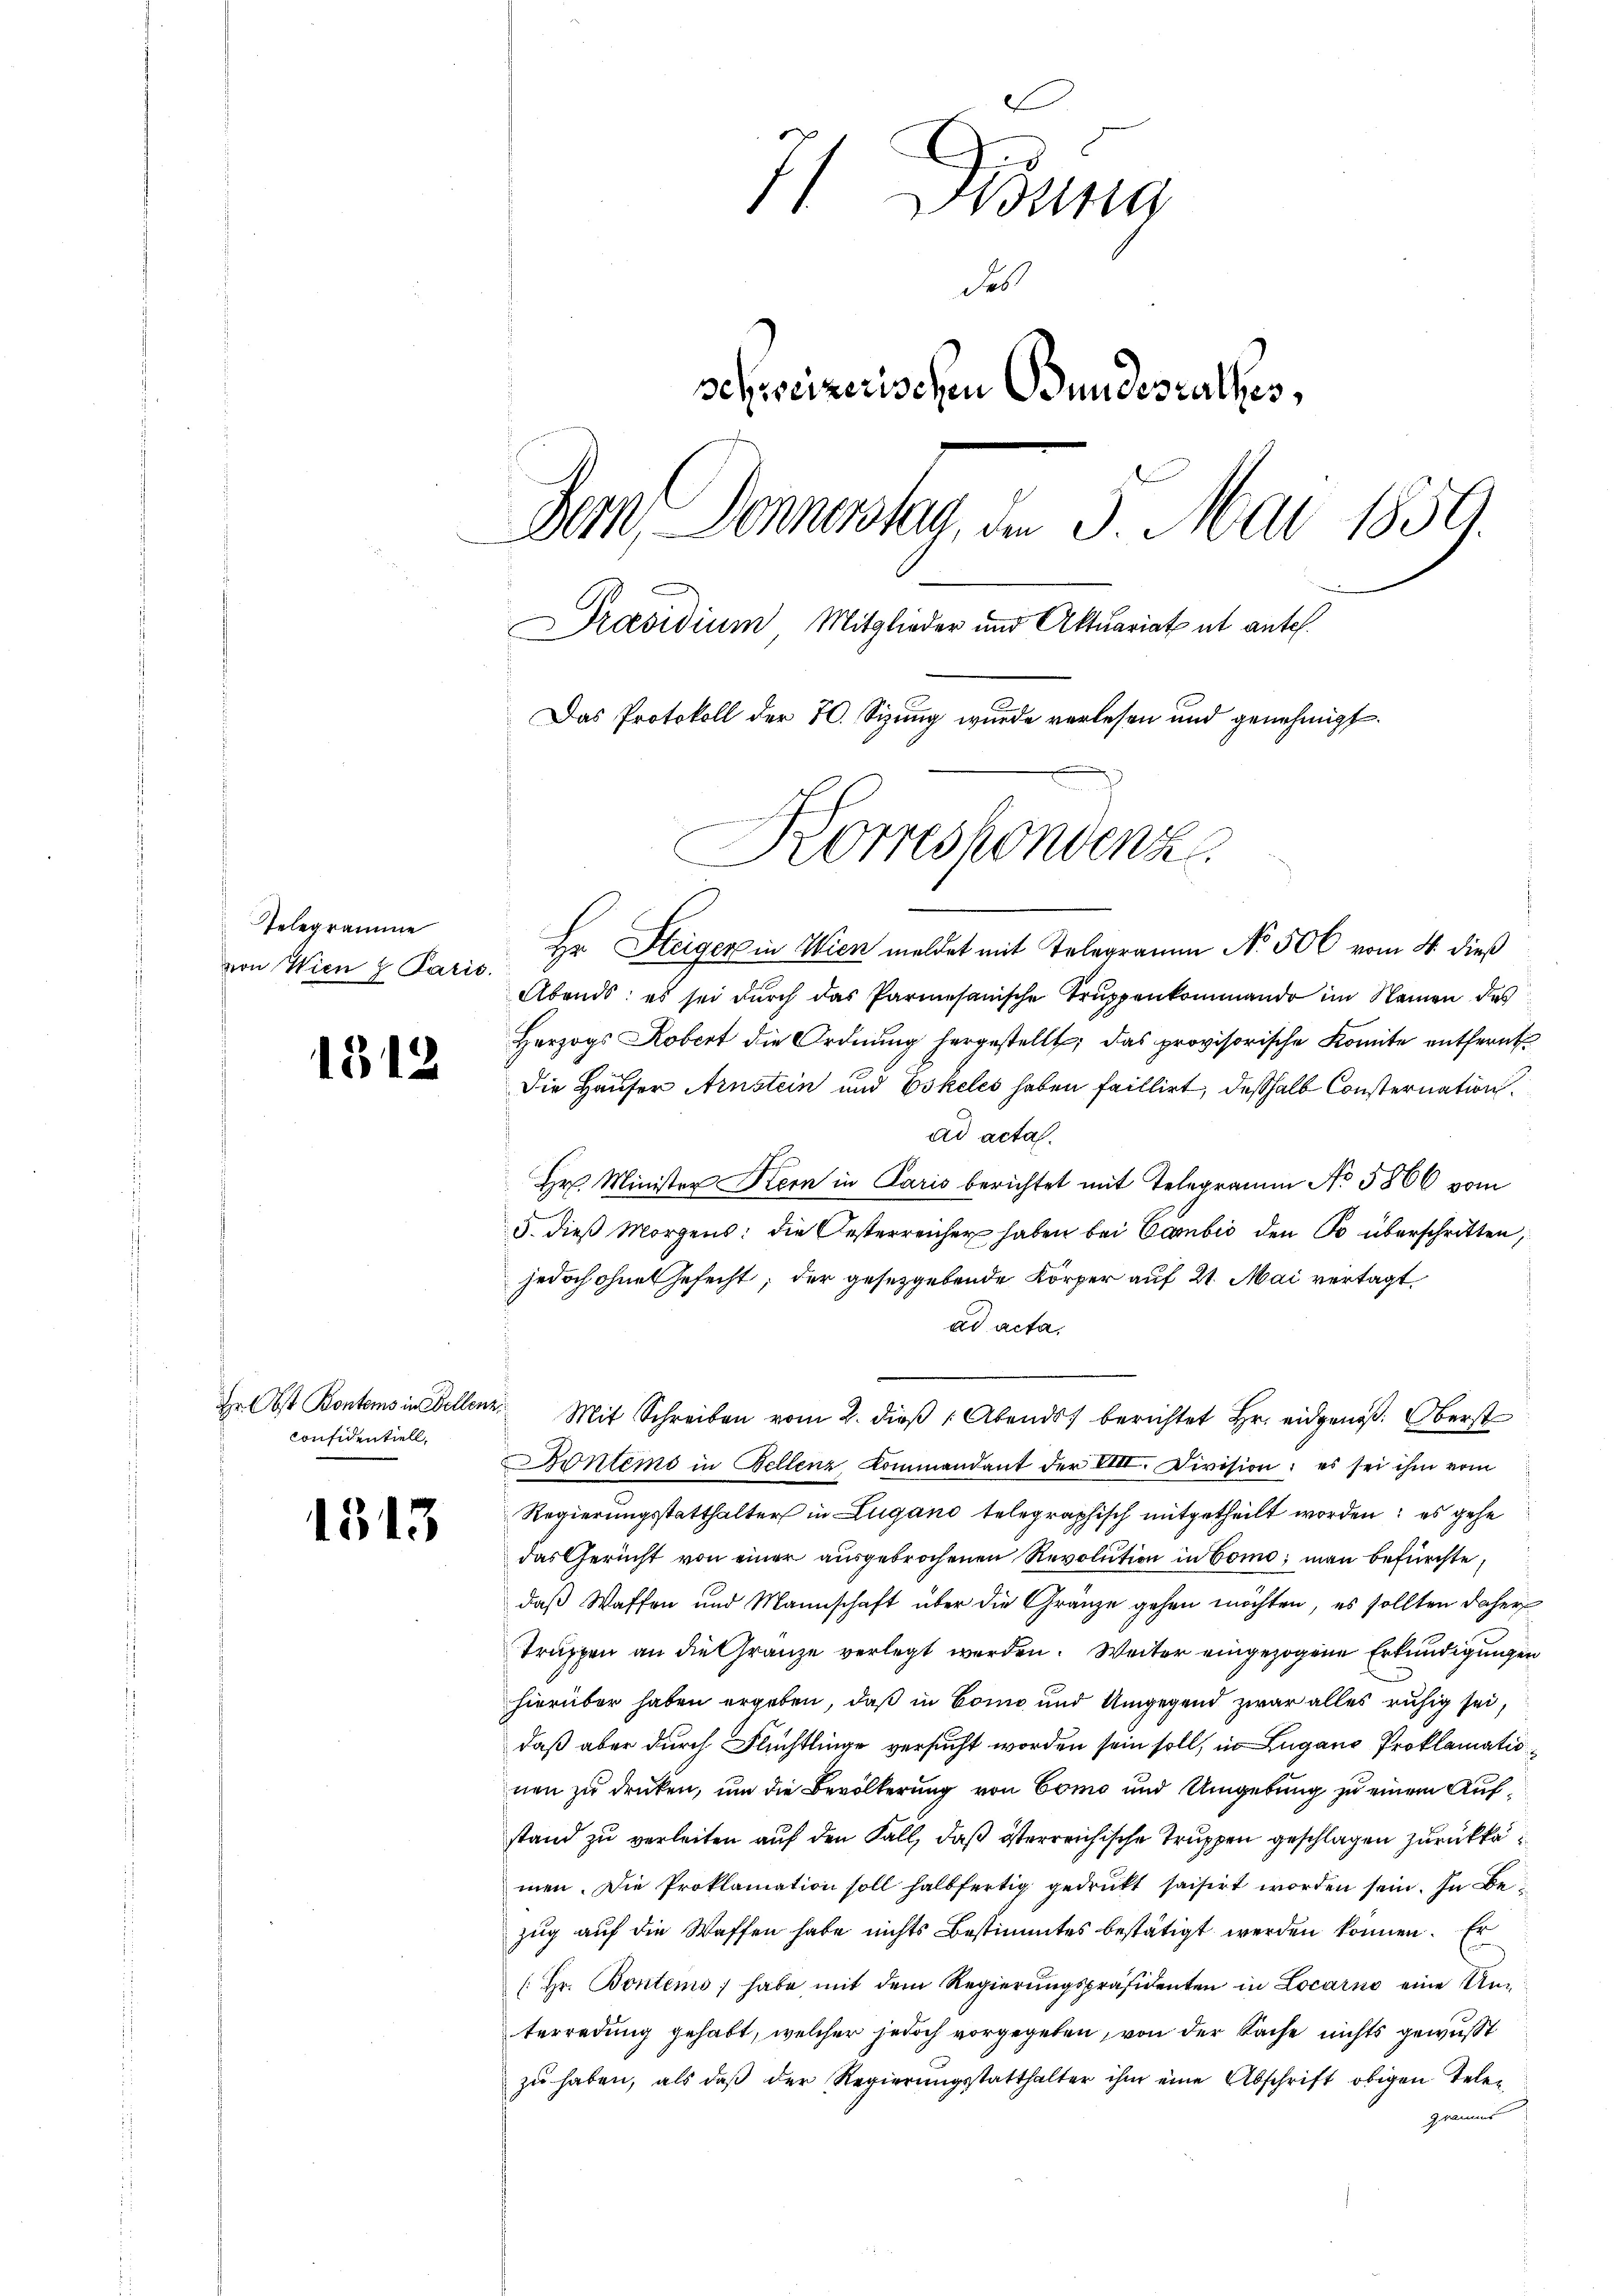
Gelegramme
von Wien z. Paris.

1512

Hr. Obst Kontems in Bellenz,
Confidentiell,

1313

71. Disung
des
schweizerischen Bundesrathes,
Bern Donnerstag, der 3. Mai 1859.
Präsidium Mitglieder und Aktuariat ut antel.
Das Protokoll der 70. Sizung wurde verlesen und genehmigt.
Korrespondenz

Hr. Steiger in Wien meldet mit Telegramm No. 500 vom 4. dieß
Abends: es sei dŭrch das Parmesanische Trŭppenkommando im Namen des
Herzogs Kobert die Ordnung hergestellt; das provisorische Komite entfernt
Die Hauser Arnstein und Eskeles haben faillirt, deßhalb Consternation
ad acta.
Hr. Minister Kern in Paris berichtet mit Telegramm No 5806 vom
5. dieß Morgens: die Oesterreicher haben bei Cambić den so überschritten,
jedoch ohne Gefecht; der gesetzgebende Körper auf 21. Mai vertagt,
ad acta
ontems in Bellenz, Kommandant der VIII. Division; es sei ihm vom
Regierungsstatthalter in Lugano telegraphisch mitgetheilt worden; es gehe
das Gericht von einer ausgebrochenen Revolution in Como man befürchte,
daß Waffen und Mannschaft über die Gränze gehen möchten, es sollten daher
Truppen an die Gränze verlegt werden. Weiter eingezogene Erkundigungen
hierüber haben ergeben, daß in Bonn und Umgegend zwar alles ruhig sei,
daß aber durch Flüchtlinge versucht worden sein soll, in Lugano Proklamationen zu drucken, um die Bevölkerung von Como und Umgebung zu einem Aufstand zu verleiten auf den Fall, daß österreichische Truppen geschlagen zurückkamen. Die Proklamation soll halbfertig gedruckt saisirt worden sein. In Be
zug auf die Waffen habe nichts Bestimmtes bestätigt werden können. Er
(Hr. Bontems habe mit dem Regierŭngspräsidenten in Locarno eine Unterredung gehabt, welcher jedoch vorgegeben, von der Sache nichts gewußt
zŭ haben, als daβ der Regierŭngsstatthalter ihm eine Abschrift obigen Telen
gramms

" Mit Schreiben vom 2. dieβ " Abends berichtet Hr. eidgenöß. Oberst